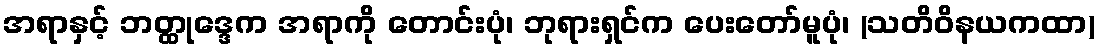
အရာနှင့် ဘတ္ထုဒ္ဒေက အရာကို တောင်းပုံ၊ ဘုရားရှင်က ပေးတော်မူပုံ၊ (သတိဝိနယကထာ)